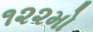
૧૨૨મો